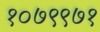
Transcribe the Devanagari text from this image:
१०७९९७१